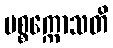
ပစ္စက္ကောသတိ